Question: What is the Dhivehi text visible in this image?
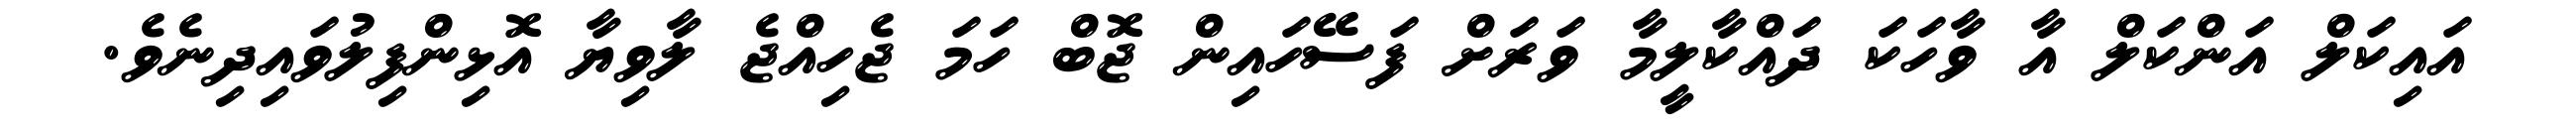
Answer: އައިކަލް އަންކަލް އާ ވާހަކަ ދައްކާލީމާ ވަރަށް ފަސޭހައިން ޖޮބް ހަމަ ޖެހިއްޖެ ލާވިޔާ އޮޅިންފިލުވައިދިނެވެ.